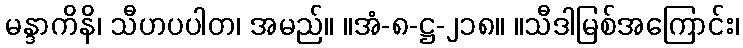
မန္ဒာကိနိ၊ သီဟပပါတ၊ အမည်။ ။အံ-၈-ဋ္ဌ-၂၁၈။ ။သီဒါမြစ်အကြောင်း၊